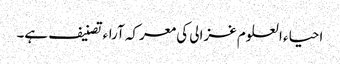
احیاء العلوم غزالی کی معرکہ آراء تصنیف ہے۔